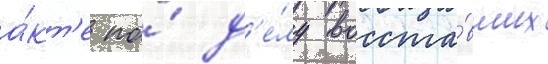
а́кт'е по́ д'е́лу восста́вших